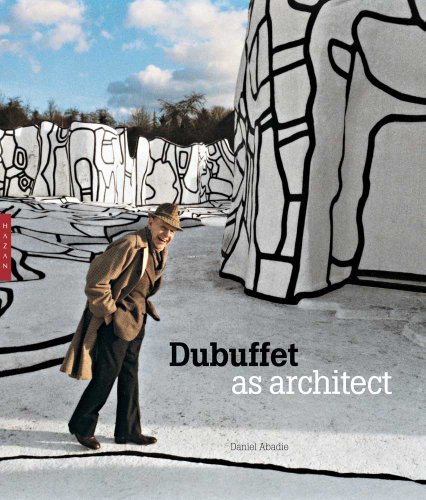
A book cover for Dubuffet as Architect (Editions Hazan); Daniel Abadie; Arts & Photography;